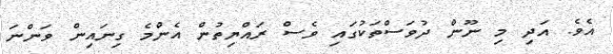
އެވެ. އަދި މި ނޫން ދުވަސްތަކުގައި ވެސް ރައްޔިތުން އެންމެ ގިނައިން ވަންނަ